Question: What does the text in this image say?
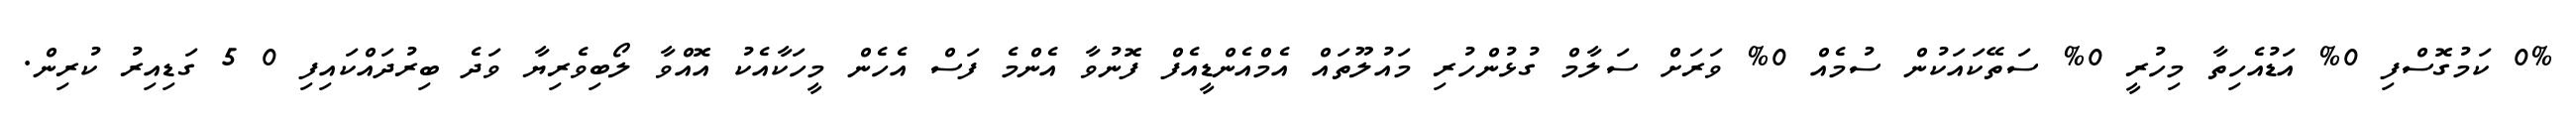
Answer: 0% ކަމުގޮސްފި 0% އަޑުއެހިތާ މިހުރީ 0% ސަތޭކައަކުން ސުމެއް 0% ވަރަށް ސަލާމް ގުޅުންހުރި މައުލޫތައް އެމްއެންޑީއެފް ފޮނުވާ އެންމެ ފަސް އެހެން މީހަކާއެކު އޮއްވާ ލޯބިވެރިޔާ ވަދެ ބިރުދައްކައިފި 0 5 ގަޑިއިރު ކުރިން.